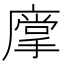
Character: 𱝋